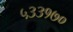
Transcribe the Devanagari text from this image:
५३३१७०